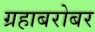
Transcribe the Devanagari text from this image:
ग्रहाबरोबर